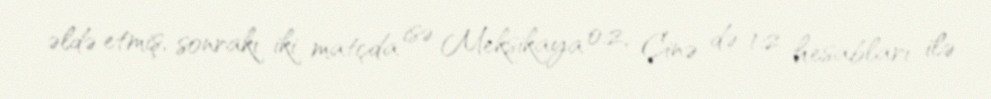
əldə etmiş, sonrakı iki matçda isə Meksikaya 0:2, Çinə də 1:2 hesabları ilə